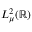
L _ { \mu } ^ { 2 } ( \mathbb { R } )